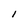
Character: l